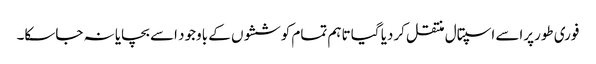
فوری طورپراسے اسپتال منتقل کردیا گیا تاہم تمام کوششوں کے باوجود اسے بچایا نہ جاسکا۔